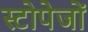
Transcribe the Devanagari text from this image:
स्टोपेजों